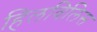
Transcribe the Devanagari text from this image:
हिलविलिस